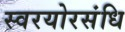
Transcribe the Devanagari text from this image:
स्वरयोरसंधि